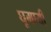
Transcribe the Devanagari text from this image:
घूमायी